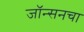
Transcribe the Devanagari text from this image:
जॉन्सनचा